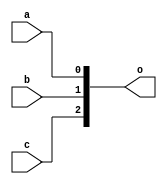
module basic_concat(input a, input b, input c, output [2:0] o);
	assign o = {c, b, a};
endmodule